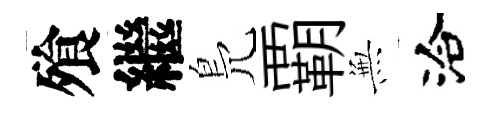
飱繼鳬覇𭴾洽